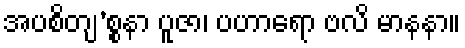
အပစိတျ’စ္စနာ ပူဇာ၊ ပဟာရော ဗလိ မာနနာ။